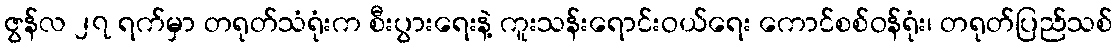
ဇွန်လ ၂၇ ရက်မှာ တရုတ်သံရုံးက စီးပွားရေးနဲ့ ကူးသန်းရောင်းဝယ်ရေး ကောင်စစ်ဝန်ရုံး၊ တရုတ်ပြည်သစ်